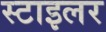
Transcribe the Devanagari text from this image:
स्टाइलर